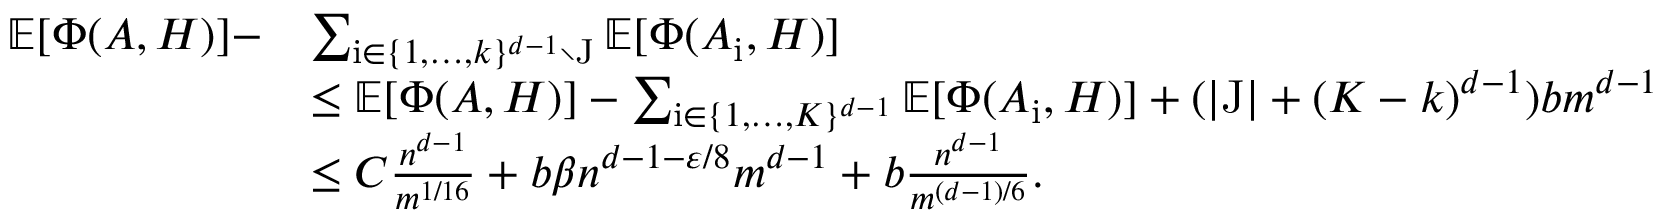
\begin{array} { r l } { \mathbb { E } [ \Phi ( A , H ) ] - } & { \sum _ { \mathrm i \in \{ 1 , \dots , k \} ^ { d - 1 } \setminus \mathrm J } \mathbb { E } [ \Phi ( A _ { \mathrm i } , H ) ] } \\ & { \le \mathbb { E } [ \Phi ( A , H ) ] - \sum _ { \mathrm i \in \{ 1 , \dots , K \} ^ { d - 1 } } \mathbb { E } [ \Phi ( A _ { \mathrm i } , H ) ] + ( | \mathrm J | + ( K - k ) ^ { d - 1 } ) b m ^ { d - 1 } } \\ & { \le C \frac { n ^ { d - 1 } } { m ^ { 1 / 1 6 } } + b \beta n ^ { d - 1 - \varepsilon / 8 } m ^ { d - 1 } + b \frac { n ^ { d - 1 } } { m ^ { ( d - 1 ) / 6 } } . } \end{array}